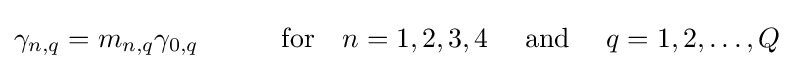
\gamma _{n,q}=m_{n,q}\gamma _{0,q}\qquad \quad {\textrm {for}}\quad n=1,2,3,4\quad {\text{ and }}\quad q=1,2,\dots ,Q